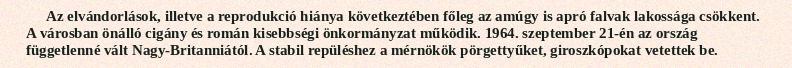
Az elvándorlások, illetve a reprodukció hiánya következtében főleg az amúgy is apró falvak lakossága csökkent. A városban önálló cigány és román kisebbségi önkormányzat működik. 1964. szeptember 21-én az ország függetlenné vált Nagy-Britanniától. A stabil repüléshez a mérnökök pörgettyűket, giroszkópokat vetettek be.